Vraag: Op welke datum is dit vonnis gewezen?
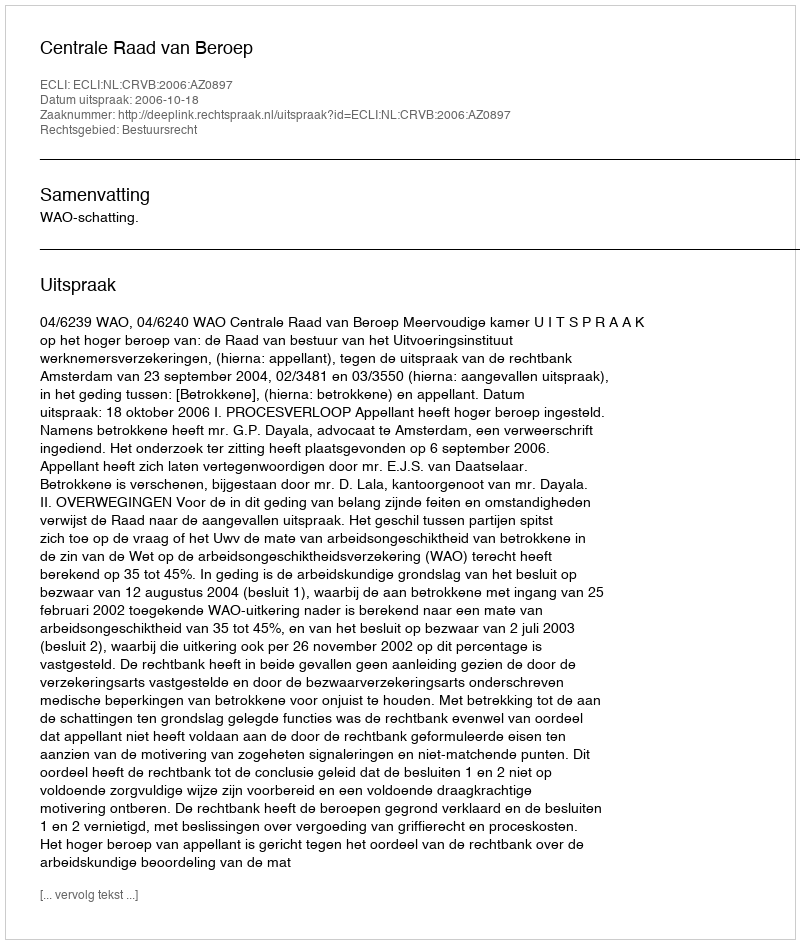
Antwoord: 2006-10-18